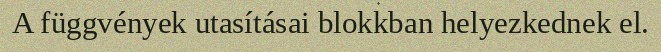
A függvények utasításai blokkban helyezkednek el.